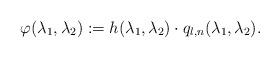
LaTeX: \begin{align*} \varphi(\lambda_1,\lambda_2):=h(\lambda_1,\lambda_2) \cdot q_{l,n}(\lambda_1,\lambda_2).\end{align*}